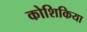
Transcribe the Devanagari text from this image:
कोशिकिया